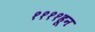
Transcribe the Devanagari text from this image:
११११हून